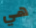
هي